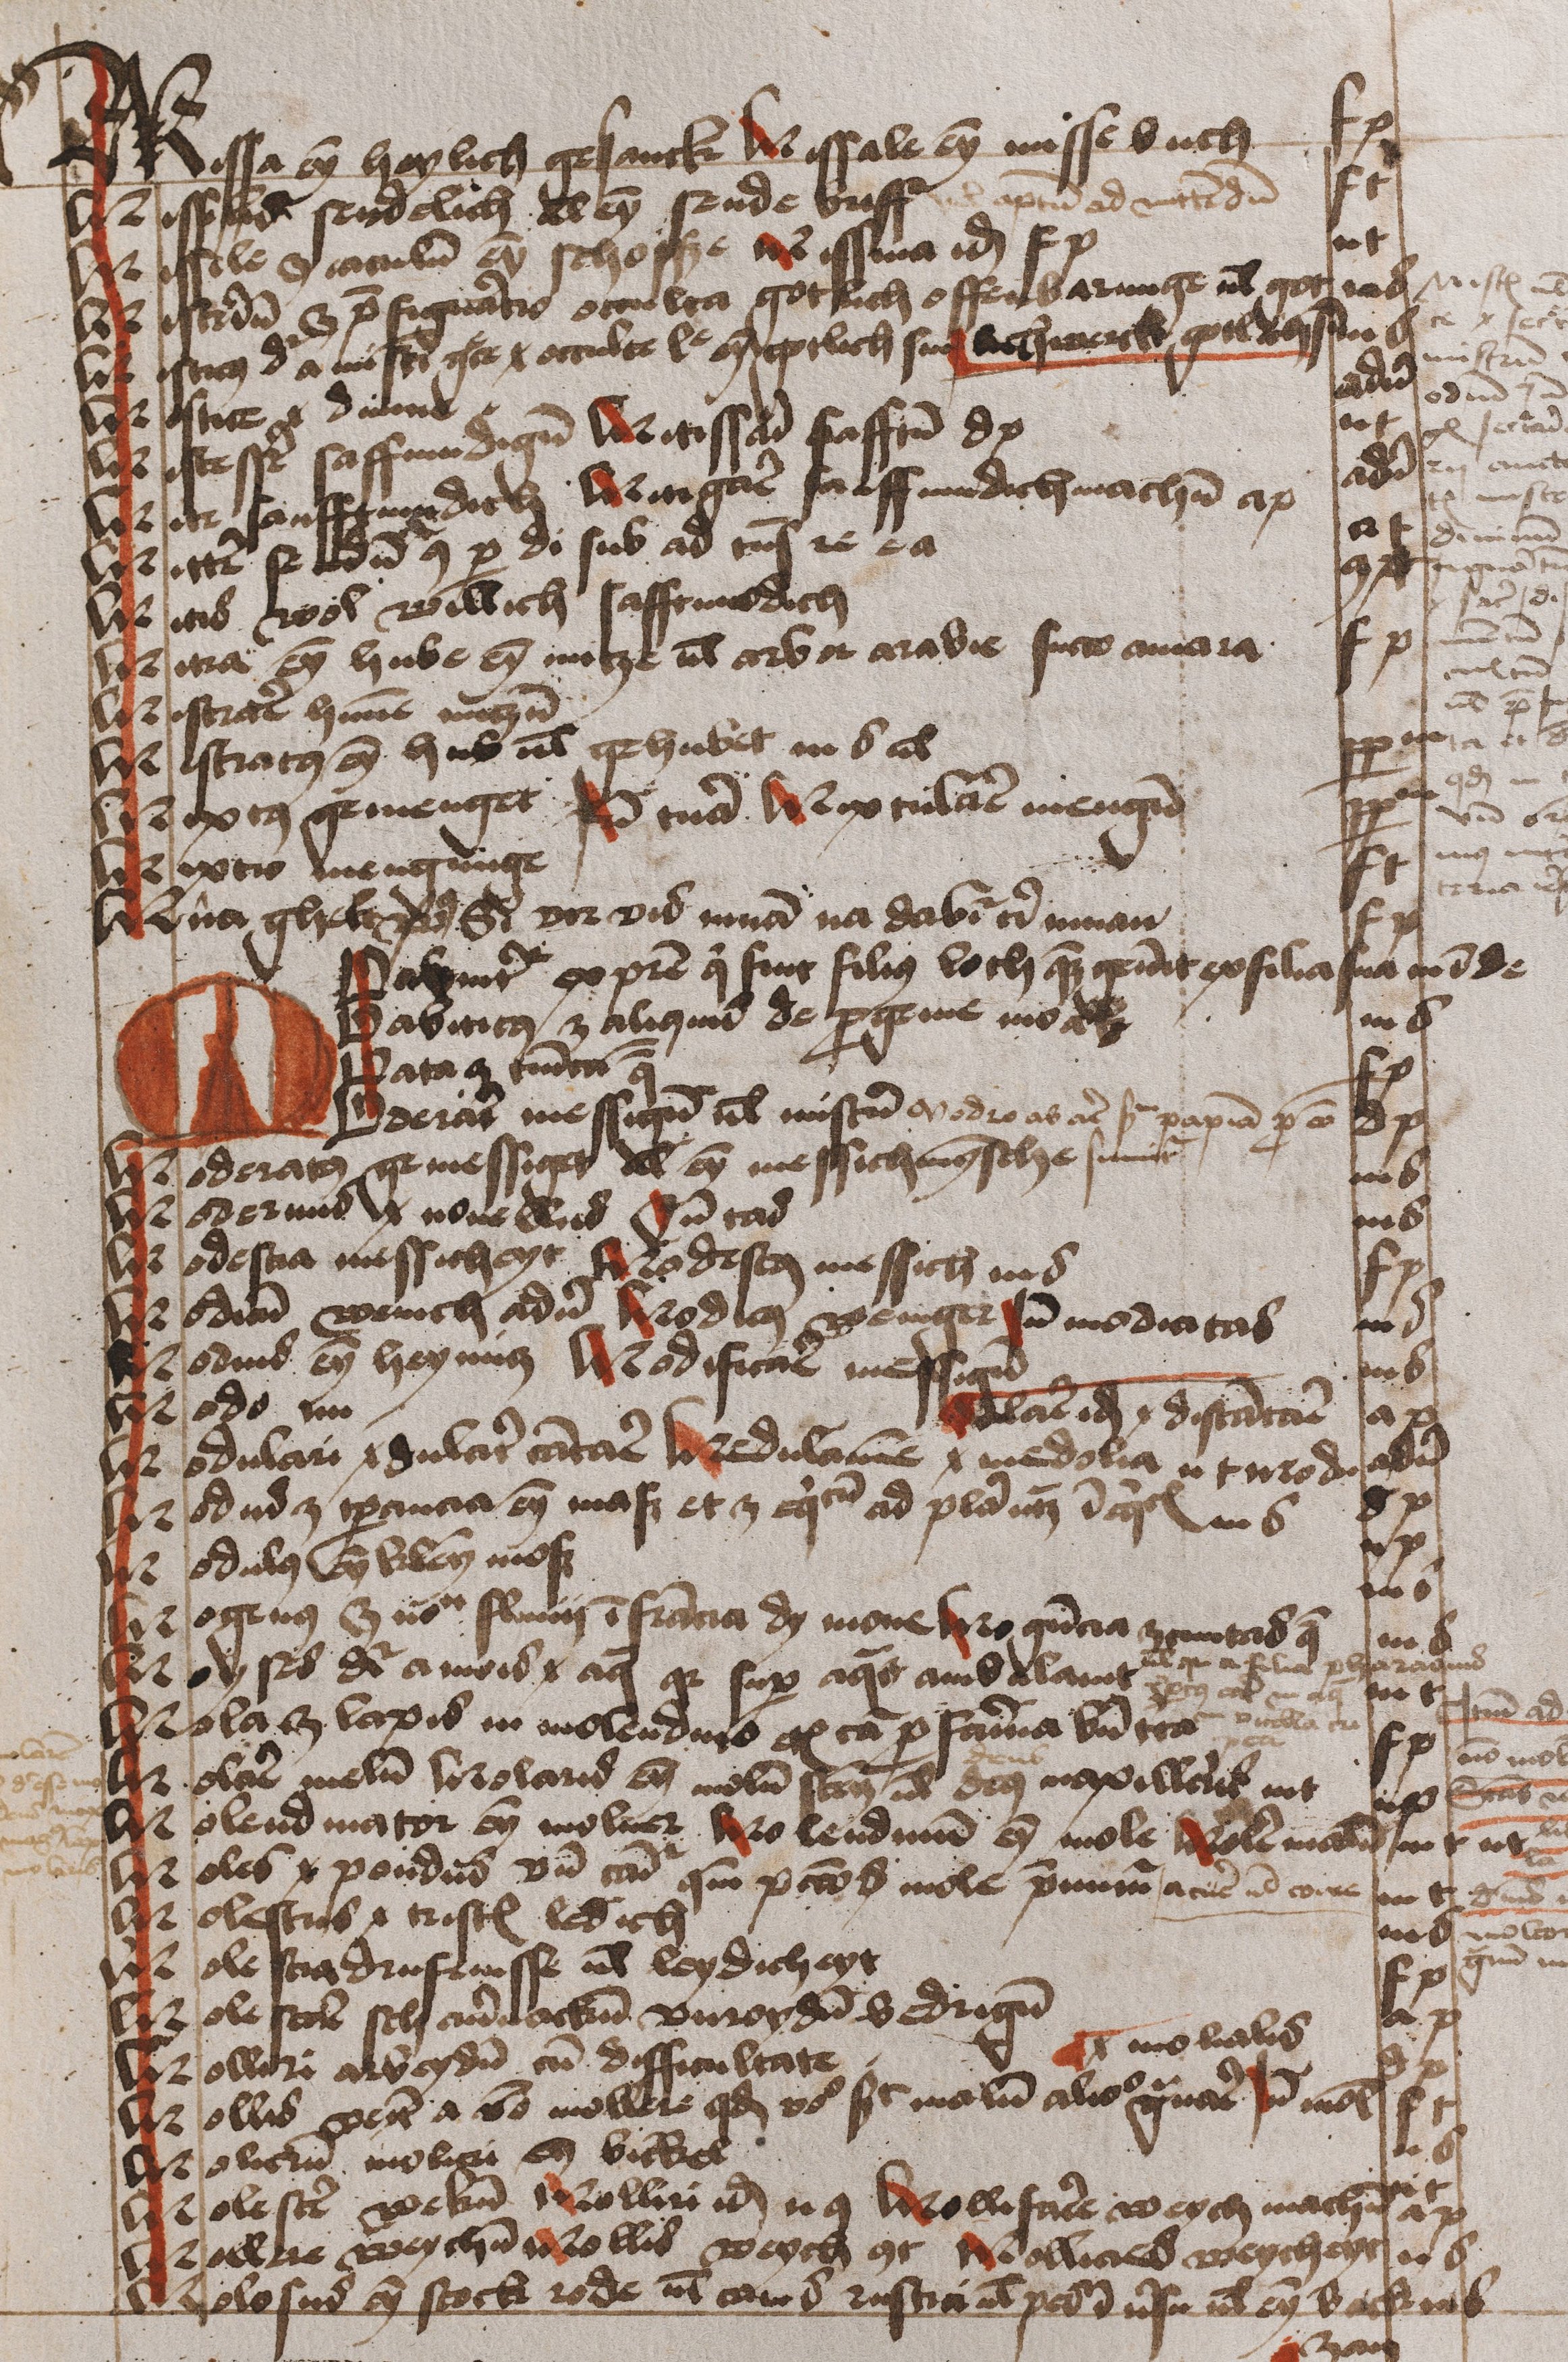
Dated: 1474–1474